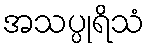
အသပ္ပုရိသံ